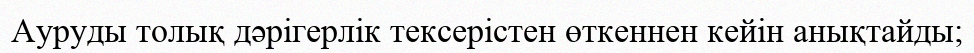
Ауруды толық дәрігерлік тексерістен өткеннен кейін анықтайды;